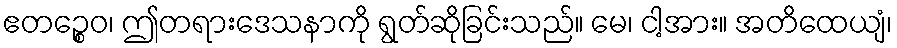
ဧတဉ္စေဝ၊ ဤတရားဒေသနာကို ရွတ်ဆိုခြင်းသည်။ မေ၊ ငါ့အား။ အတိထေယျံ၊